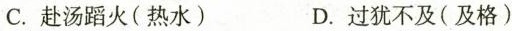
C.赴\underset{·}{汤}蹈火(热水) D.过犹不\underset{·}{及}(及格)